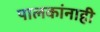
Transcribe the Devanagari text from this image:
पालकांनाही